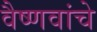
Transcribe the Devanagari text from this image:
वैष्णवांचे